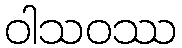
ဝါသဝဿ